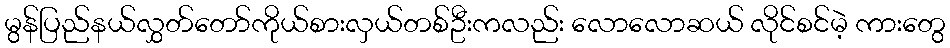
မွန်ပြည်နယ်လွှတ်တော်ကိုယ်စားလှယ်တစ်ဦးကလည်း လောလောဆယ် လိုင်စင်မဲ့ ကားတွေ